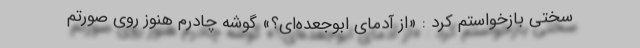
سختی بازخواستم کرد : «از آدمای ابوجعده‌ای؟» گوشه چادرم هنوز روی صورتم